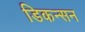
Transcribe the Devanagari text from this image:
डिकन्सन